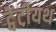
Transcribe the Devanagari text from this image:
ट्वेंटीयथ